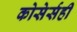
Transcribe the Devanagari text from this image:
कोसेर्सही